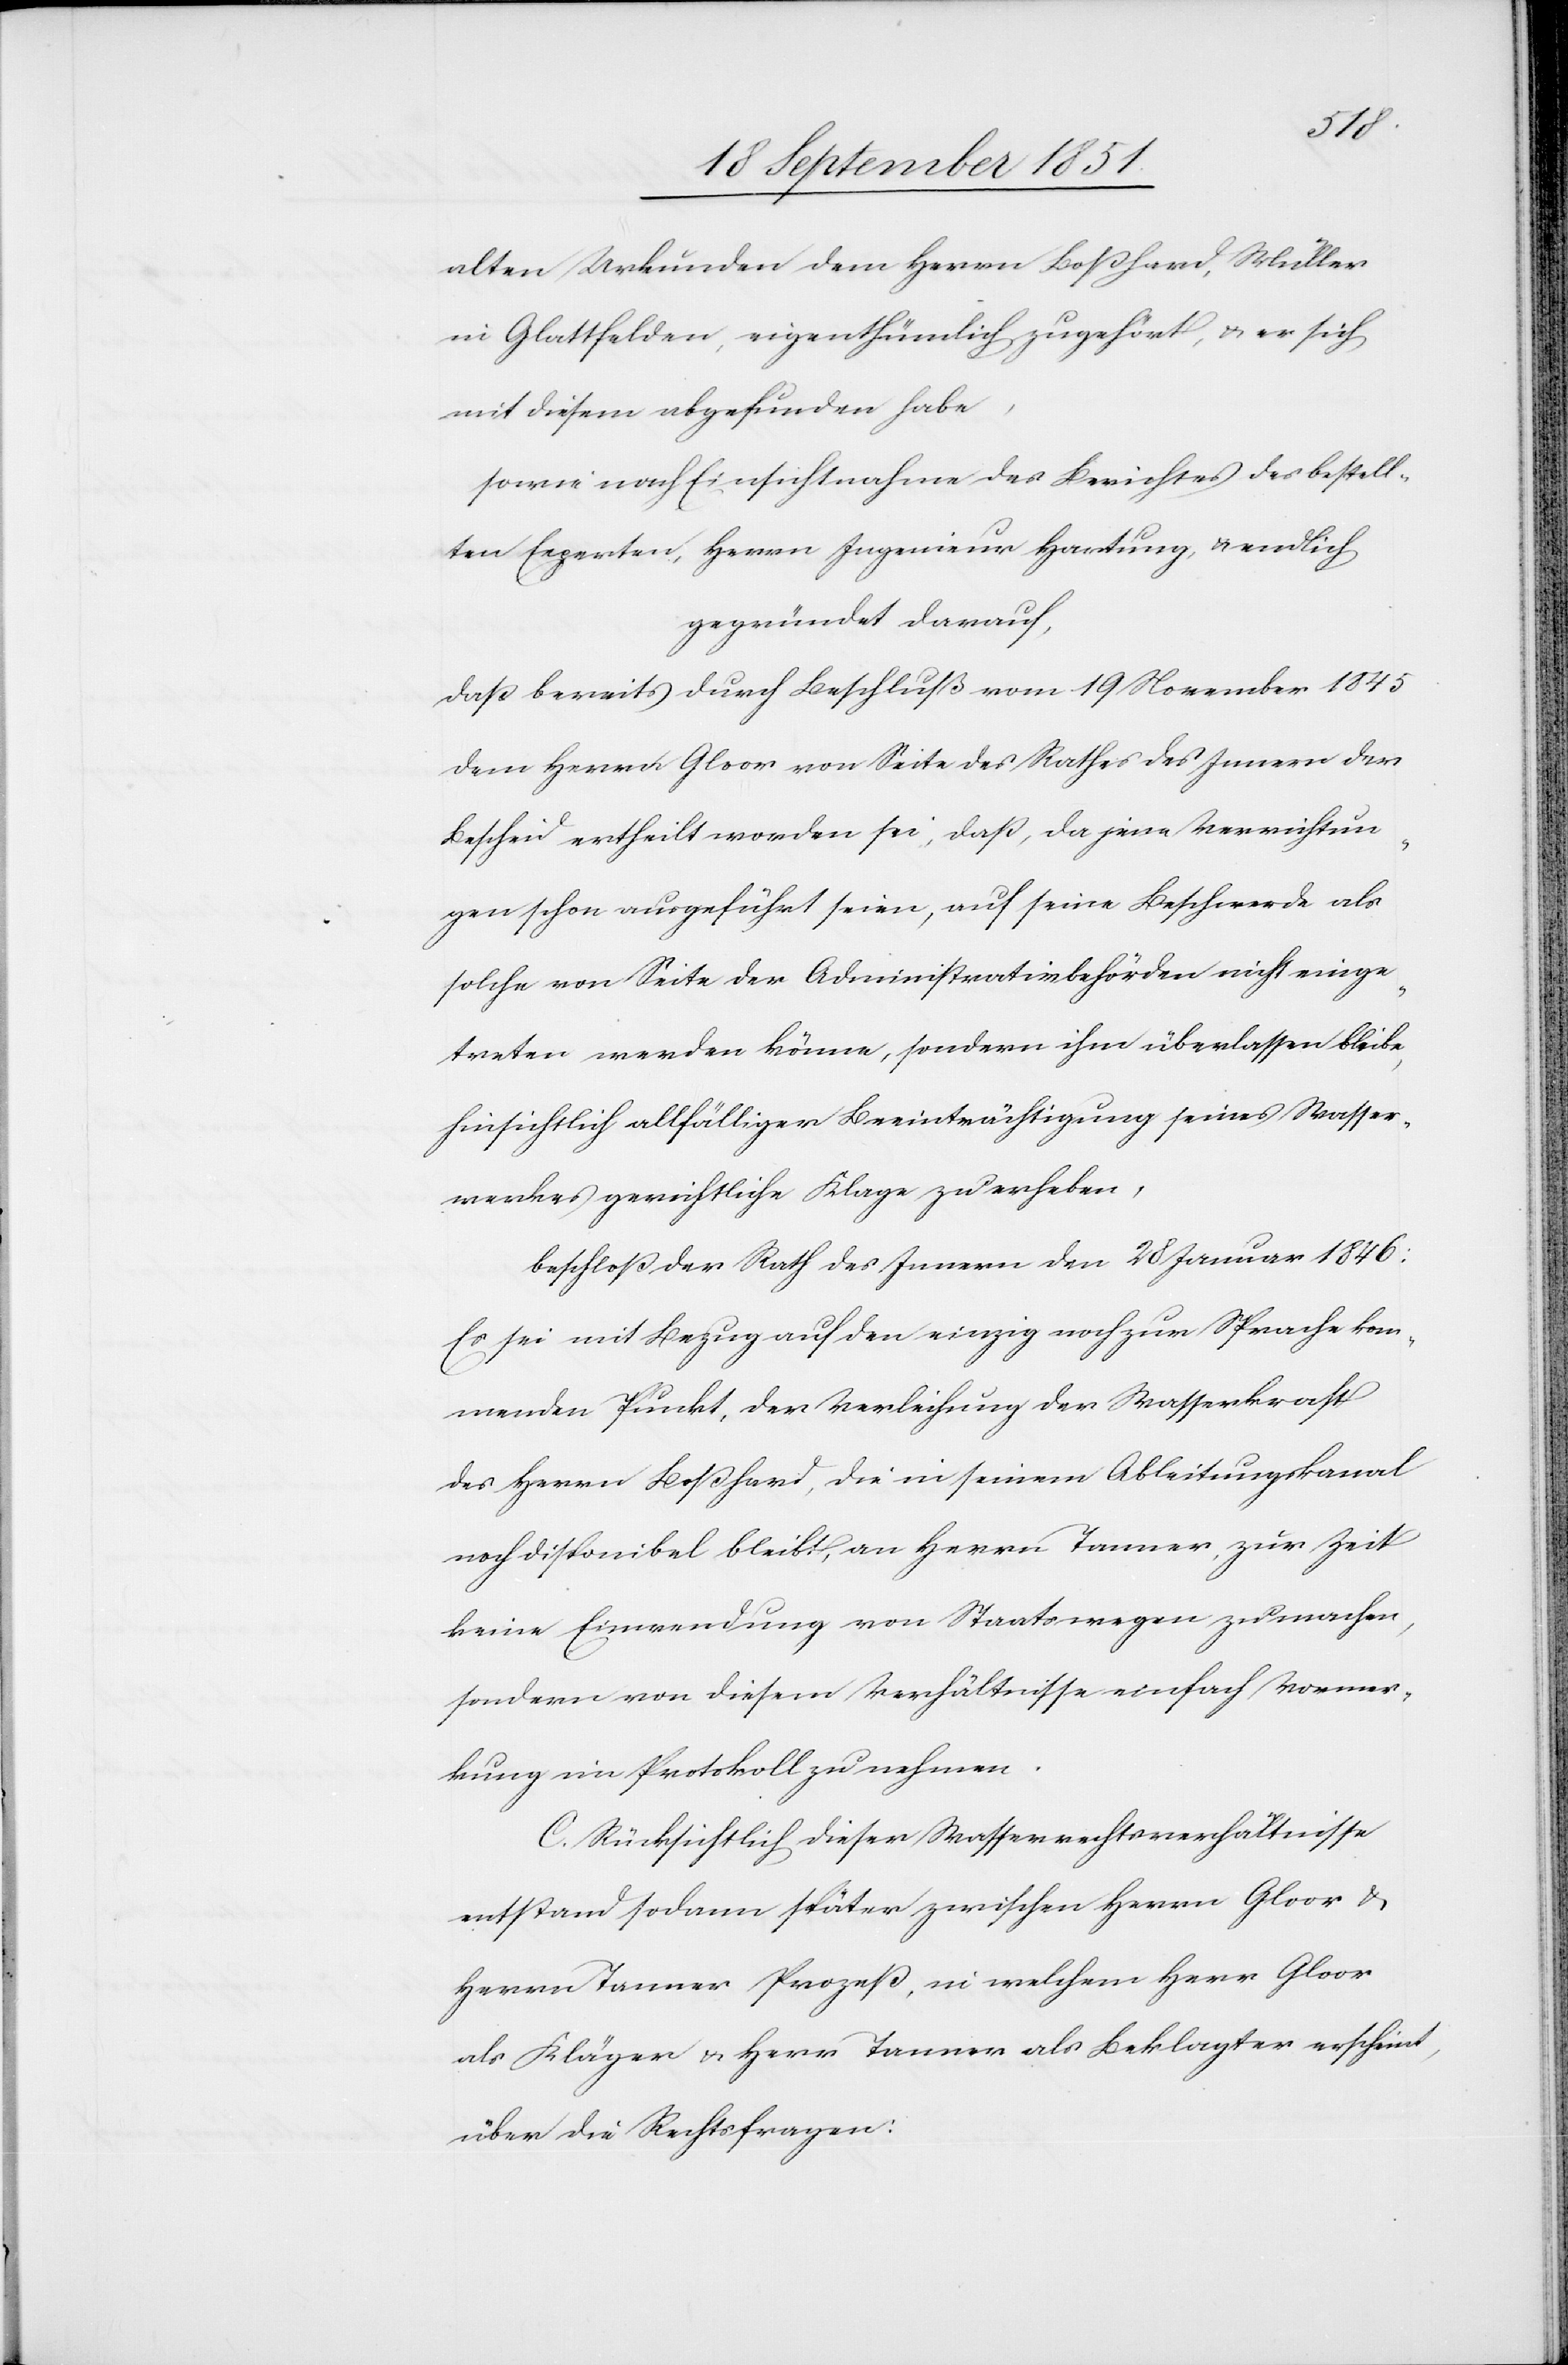
alten Urkunden dem Herrn Boßhard, Müller
in Glattfelden, eigenthümlich zugehört, & er sich
mit diesem abgefunden habe,
sowie nach Einsichtnahme des Berichtes des bestell¬
ten Experten, Herrn Ingenieur Hartung, & endlich
gegründet darauf,
daß bereits durch Beschluß vom 19 November 1845
dem Herrn Gloor von Seite des Rathes des Innern der
Bescheid ertheilt worden sei, daß, da jene Verrichtun¬
gen schon ausgeführt seien, auf seine Beschwerde als
solche von Seite der Administrativbehörden nicht einge¬
treten werden könne, sondern ihm überlassen bleibe,
hinsichtlich allfälliger Beeinträchtigung seines Wasser¬
werkes gerichtliche Klage zu erheben,
beschloß der Rath des Innern den 28 Januar 1846:
Es sei mit Bezug auf den einzig noch zur Sprache kom¬
menden Punkt, der Verleihung der Wasserkraft
des Herrn Boßhard, die in seinem Ableitungskanal
noch disponibel bleibt, an Herrn Tanner, zur Zeit
keine Einwendung von Staatswegen zu machen,
sondern von diesem Verhältnisse einfach Vormer¬
kung im Protokoll zu nehmen.
C. Rücksichtlich dieser Wasserrechtsverhältnisse
entstand sodann später zwischen Herrn Gloor &
Herrn Tanner Prozeß, in welchem Herr Gloor
als Kläger & Herr Tanner als Beklagter erscheint,
über die Rechtsfragen: